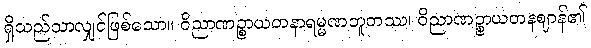
ရှိသည်သာလျှင်ဖြစ်သော။ ဝိညာဏဉ္စာယတနာရမ္မဏဘူတဿ၊ ဝိညာဏဉ္စာယတနဈာန်၏